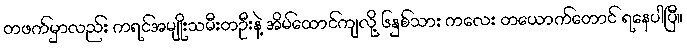
တဖက်မှာလည်း ကရင်အမျိုးသမီးတဦးနဲ့ အိမ်ထောင်ကျလို့ ၆နှစ်သား ကလေး တယောက်တောင် ရနေပါပြီ။